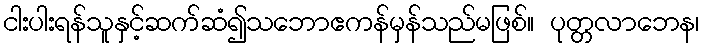
ငါးပါးရန်သူနှင့်ဆက်ဆံ၍သဘောဧကန်မှန်သည်မဖြစ်။ ပုတ္တလာဘေန၊